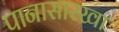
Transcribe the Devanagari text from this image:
पानासारखा